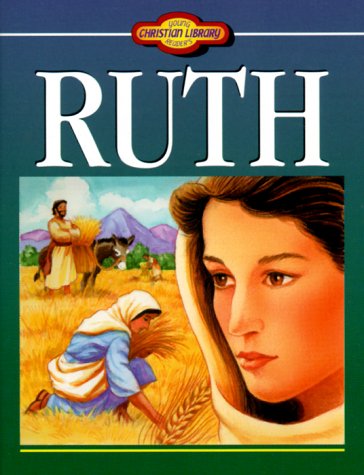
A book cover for Ruth; Kjersti Hoff Baez; Teen & Young Adult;